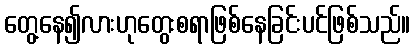
တွေ့နေ၍လားဟုတွေးစရာဖြစ်နေခြင်းပင်ဖြစ်သည်။